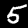
Digit: 5